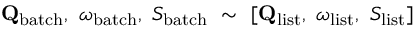
\mathbf { Q } _ { \mathrm { b a t c h } } , \ \omega _ { \mathrm { b a t c h } } , \ S _ { \mathrm { b a t c h } } \ \sim \ [ \mathbf { Q } _ { \mathrm { l i s t } } , \ \omega _ { \mathrm { l i s t } } , \ S _ { \mathrm { l i s t } } ]